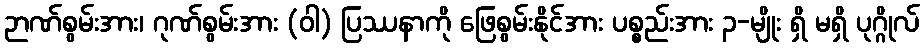
ဉာဏ်စွမ်းအား၊ ဂုဏ်စွမ်းအား (ဝါ) ပြဿနာကို ဖြေစွမ်းနိုင်အား ပစ္စည်းအား ၃-မျိုး ရှိ မရှိ ပုဂ္ဂိုလ်